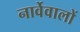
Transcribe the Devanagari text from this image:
नार्वेवालों